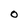
Character: O